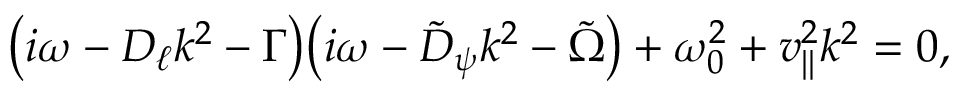
\big ( i \omega - D _ { \ell } k ^ { 2 } - \Gamma \big ) \big ( i \omega - \tilde { D } _ { \psi } k ^ { 2 } - \tilde { \Omega } \big ) + \omega _ { 0 } ^ { 2 } + v _ { \| } ^ { 2 } k ^ { 2 } = 0 ,